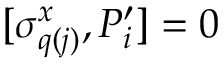
[ \sigma _ { q ( j ) } ^ { x } , P _ { i } ^ { \prime } ] = 0